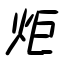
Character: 炬